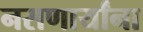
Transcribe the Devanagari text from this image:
नसणार्यांना